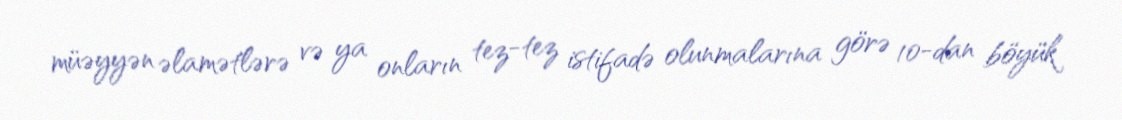
müəyyən əlamətlərə və ya onların tez-tez istifadə olunmalarına görə 10-dan böyük